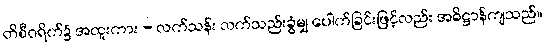
တိစီဝရိက်၌ အထူးကား - လက်သန်း လက်သည်းခွံမျှ ပေါက်ခြင်းဖြင့်လည်း အဓိဋ္ဌာန်ကျသည်။